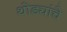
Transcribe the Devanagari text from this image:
थोड्यांचे